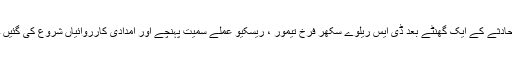
حادثے کے ایک گھنٹے بعد ڈی ایس ریلوے سکھر فرخ تیمور ، ریسکیو عملے سمیت پہنچے اور امدادی کارروائیاں شروع کی گئیں ۔